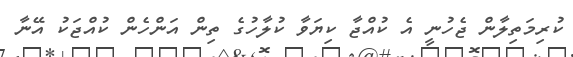
ކުރިމަތިލާން ޖެހުނީ އެ ކުއްޖާ ކިޔަވާ ކުލާހުގެ ތިން އަންހެން ކުއްޖަކު އޭނާ